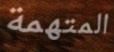
المتهمة